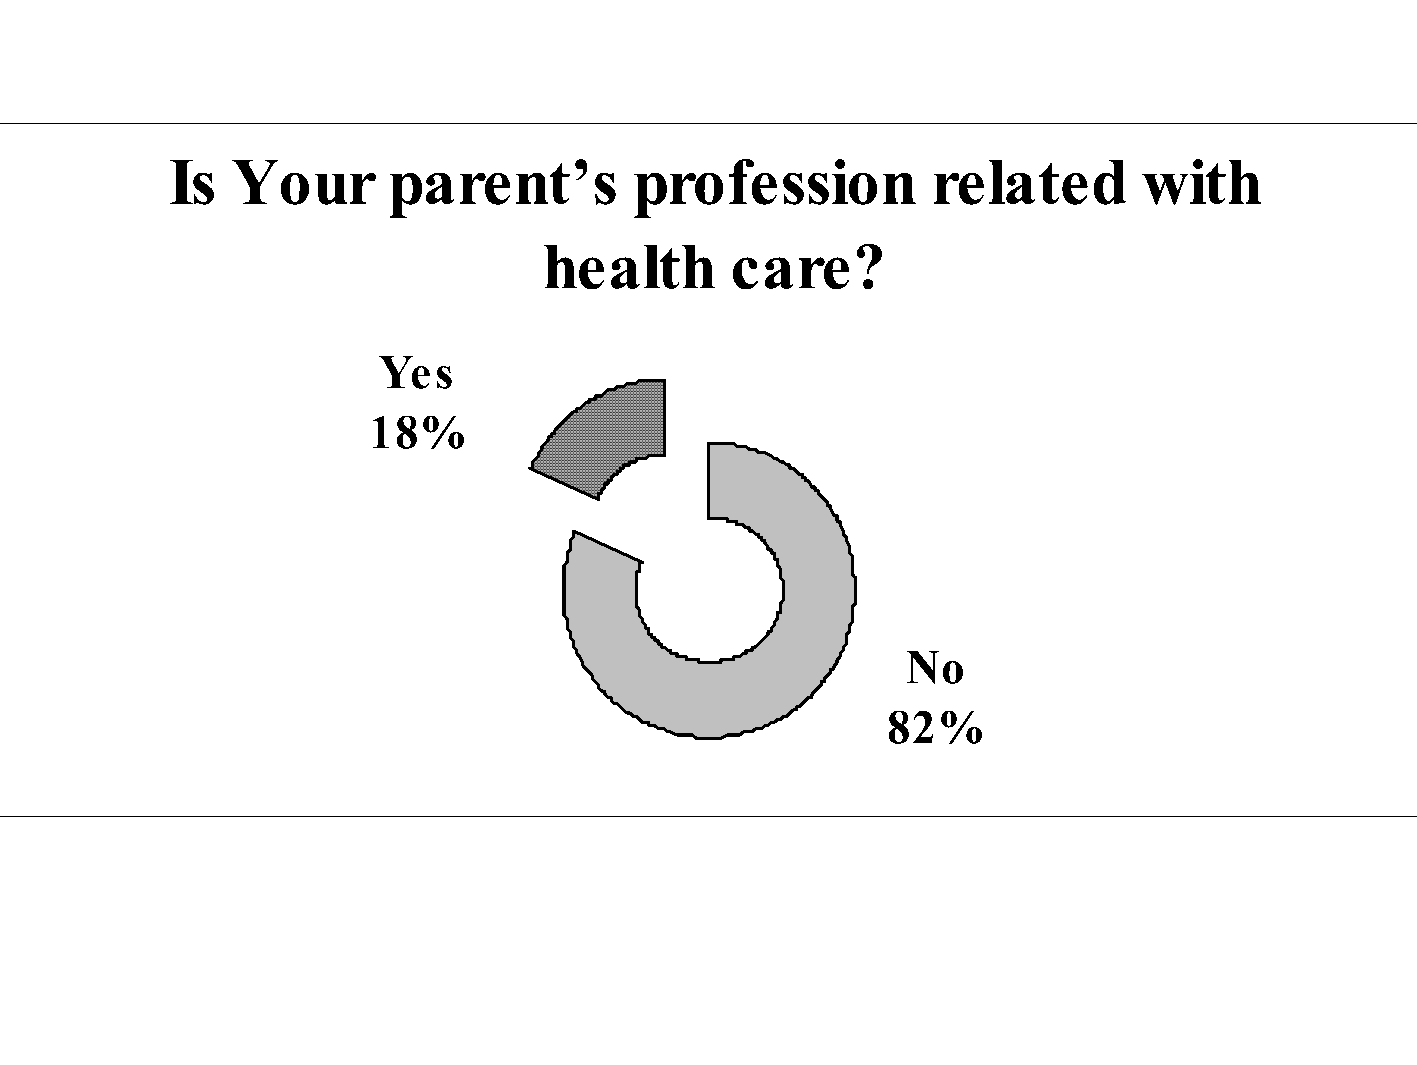
Is  Your       parent’s        profession          related       with
 health       care?
 Yes
 18%
 No
 82%